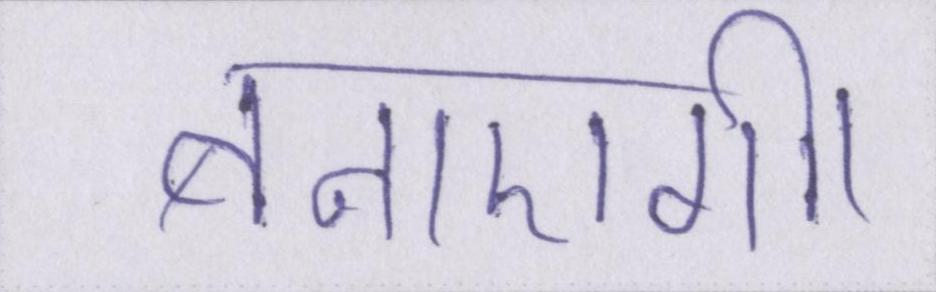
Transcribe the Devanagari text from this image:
बनाएगी।